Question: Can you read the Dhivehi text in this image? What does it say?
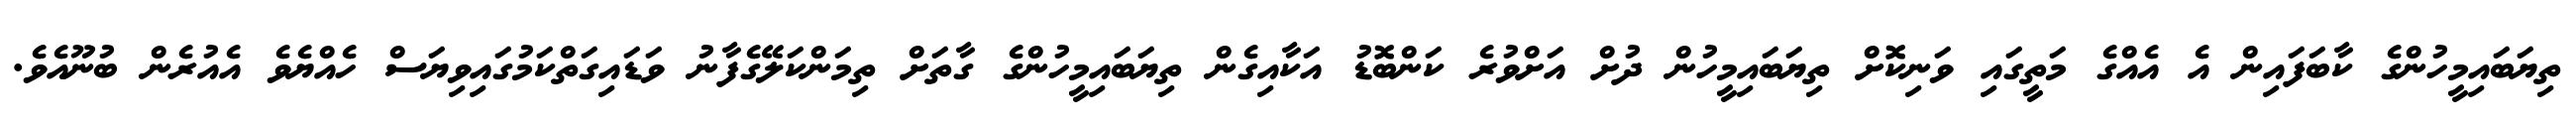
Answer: ތިޔަބައިމީހުންގެ ކާބަފައިން އެ އެއްގެ މަތީގައި ވަނިކޮށް ތިޔަބައިމީހުން ދުށް އަށްވުރެ ކަންބޮޑު އަކާއިގެން ތިޔަބައިމީހުންގެ ގާތަށް ތިމަންކަލޭގެފާނު ވަޑައިގަތްކަމުގައިވިޔަސް ހެއްޔެވެ އެއުރެން ބުނޫއެވެ.